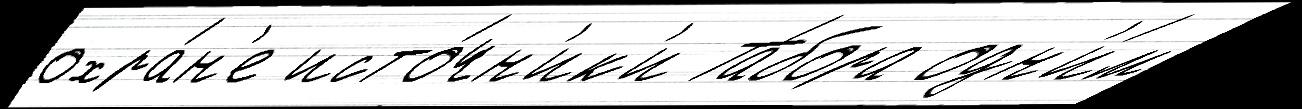
охра́н'е исто́чн'ик'и Та́бора одн'и́м